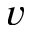
v